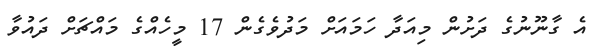
އެ ގާނޫނުގެ ދަށުން މިއަދާ ހަމައަށް މަދުވެގެން 17 މީހެއްގެ މައްޗަށް ދައުވާ